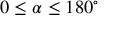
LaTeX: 0 \leq \alpha \leq 1 8 0 ^ { \circ }